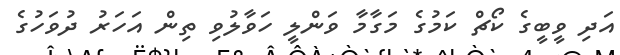
އަދި ވީބީގެ ކޯޗް ކަމުގެ މަގާމާ ވަންލީ ހަވާލުވި ތިން އަހަރު ދުވަހުގެ